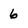
Character: 6